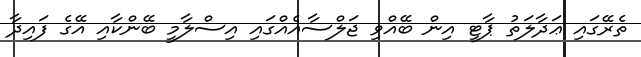
ތެރޭގައި ޢަދާލަތު ޕާޓީ އިން ބޭއްވި ޖަލްސާއެއްގައި އިސްލާމީ ބޭންކާއި އޭގެ ފައިދާ